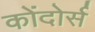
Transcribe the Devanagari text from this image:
कोंदोर्स